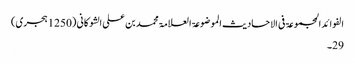
الفوائد المجموعۃ فی الاحادیث الموضوعۃ العلامۃ محمد بن علی الشوکانی (1250 ہجری)
29۔